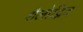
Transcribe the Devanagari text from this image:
शैलोद्भिद